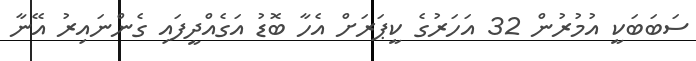
ސަބަބަކީ އުމުރުން 32 އަހަރުގެ ކީޕަރަށް އެހާ ބޮޑު އަގެއްދީފައި ގެންނައިރު އޭނާ